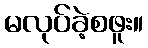
မလုပ်ခဲ့စဖူး။